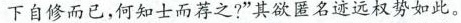
下自修而已，何知士而荐之？”其欲匿名迹远权势如此。